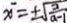
x ^ { - } = \pm \sqrt { \frac { 2 } { a - 1 } }